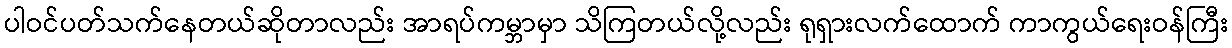
ပါဝင်ပတ်သက်နေတယ်ဆိုတာလည်း အာရပ်ကမ္ဘာမှာ သိကြတယ်လို့လည်း ရုရှားလက်ထောက် ကာကွယ်ရေးဝန်ကြီး